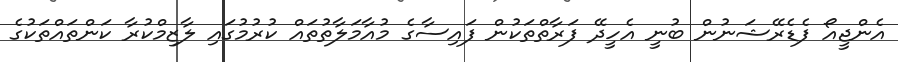
އެންޖީއޯ ފެޑެރޭޝަނުން ބުނީ އެހީދޭ ފަރާތްތަކުން ފައިސާގެ މުއާމަލާތުތައް ކުރުމުގައި ލާޒިމްކުރާ ކަންތައްތަކުގެ